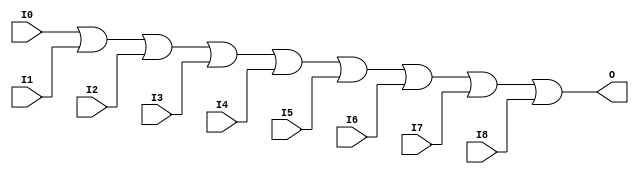

/*

FUNCTION	: 9-INPUT OR GATE

*/

`timescale  100 ps / 10 ps

`celldefine

module OR9 (O, I0, I1, I2, I3, I4, I5, I6, I7, I8);


    output O;

    input  I0, I1, I2, I3, I4, I5, I6, I7, I8;

    or O1 (O, I0, I1, I2, I3, I4, I5, I6, I7, I8);

    specify
	(I0 *> O) = (0, 0);
	(I1 *> O) = (0, 0);
	(I2 *> O) = (0, 0);
	(I3 *> O) = (0, 0);
	(I4 *> O) = (0, 0);
	(I5 *> O) = (0, 0);
	(I6 *> O) = (0, 0);
	(I7 *> O) = (0, 0);
	(I8 *> O) = (0, 0);
    endspecify

endmodule

`endcelldefine